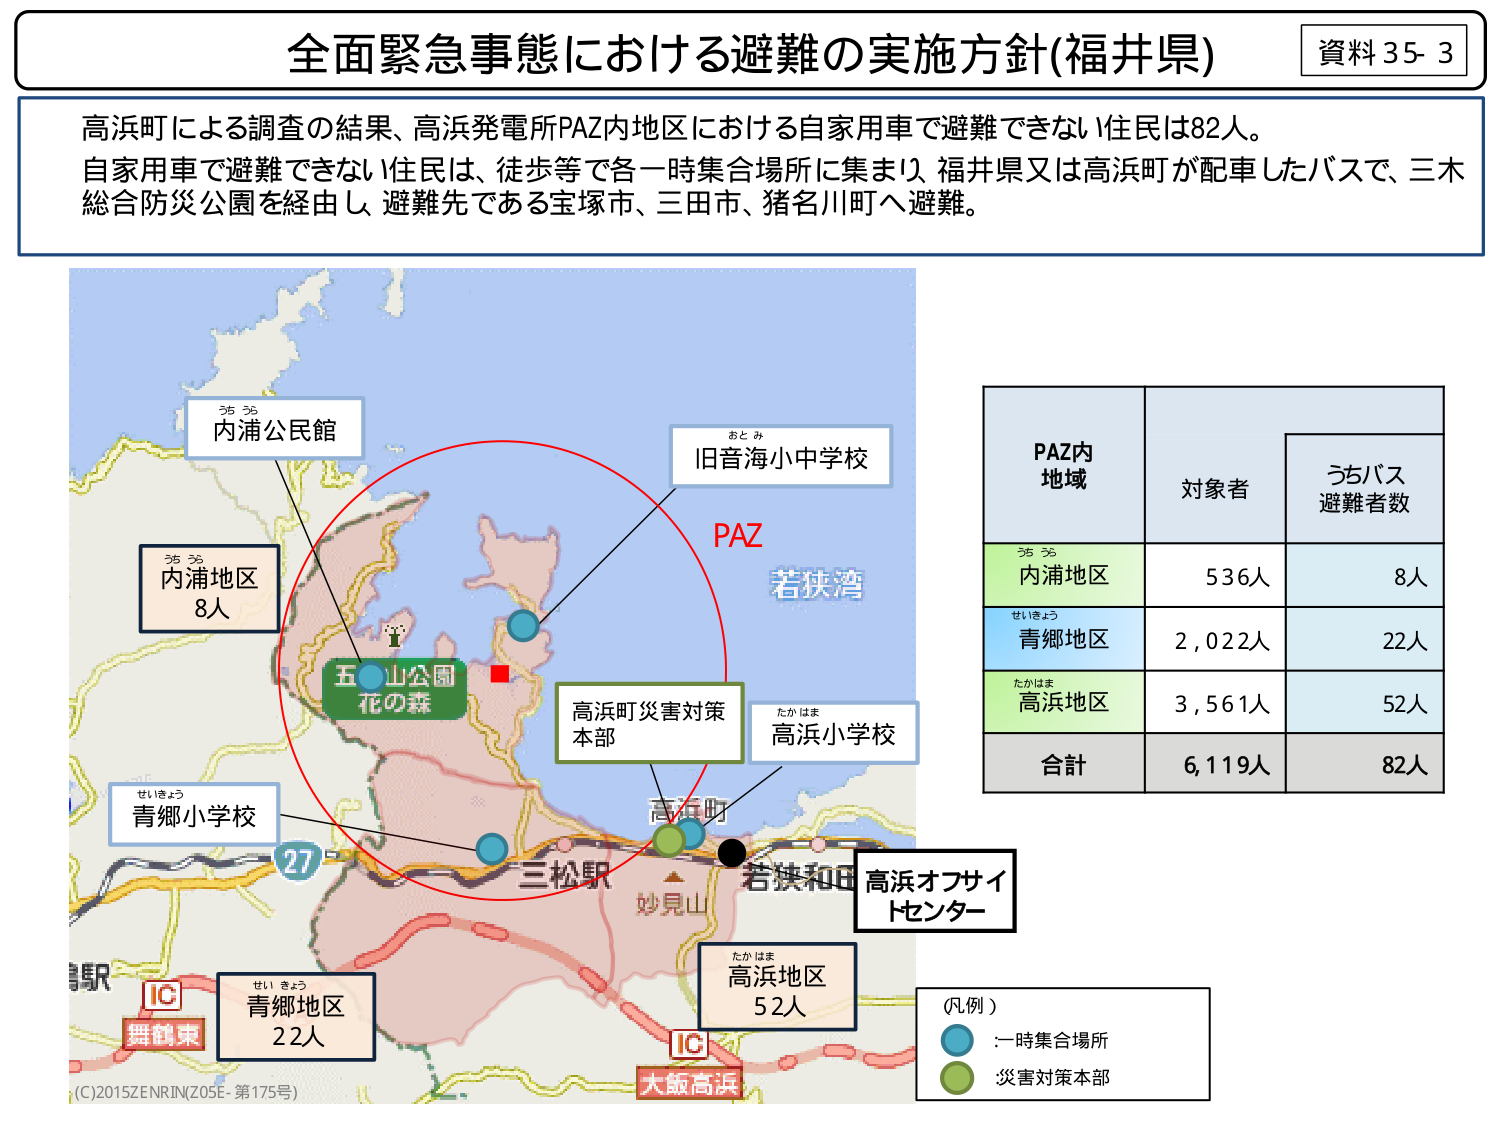
全面緊急事態における避難の実施方針(福井県)
資料35-3

高浜町による調査の結果、高浜発電所PAZ内地区における自家用車で避難できない住民は82人。
自家用車で避難できない住民は、徒歩等で各一時集合場所に集まり、福井県又は高浜町が配車したバスで、三木総合防災公園を経由し、避難先である宝塚市、三田市、猪名川町へ避難。

内浦公民館
内浦地区
8人
五山公園
花の森
旧音海小中学校
PAZ
若狭湾
高浜町災害対策本部
高浜小学校
青郷小学校
三松駅
妙見山
若狭和田
高浜オフサイトセンター
青郷地区
22人
高浜地区
52人
IC
舞鶴東
IC
大阪高浜
(C)2015ZENRIN(Z05E-第175号)

PAZ内
地域
対象者
うちバス
避難者数
内浦地区
536人
8人
青郷地区
2,022人
22人
高浜地区
3,561人
52人
合計
6,119人
82人

(凡例)
・一時集合場所
・災害対策本部